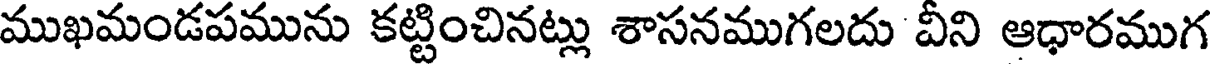
ముఖమండపమును కట్టించినట్లు శాసనముగలదు వీని ఆధారముగ